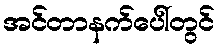
အင်တာနက်ပေါ်တွင်